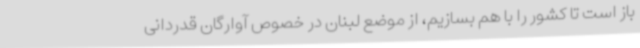
باز است تا کشور را با هم بسازیم، از موضع لبنان در خصوص آوارگان قدردانی